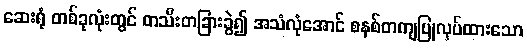
ဆေးရုံ တစ်ခုလုံးတွင် တသီးတခြားခွဲ၍ အသံလုံအောင် စနစ်တကျပြုလုပ်ထားသော